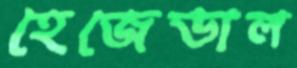
হেজেডাল